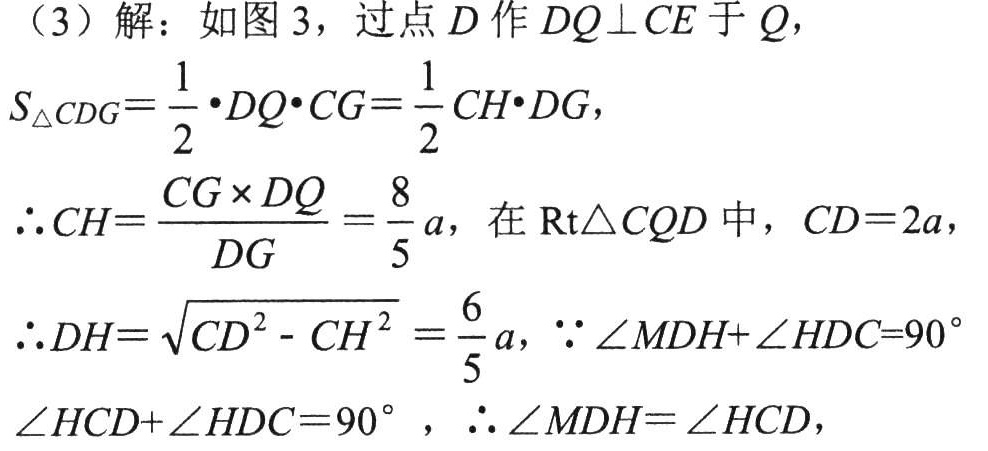
（3）解：如图 3，过点 \(D\) 作 \(DQ\perp CE\) 于 \(Q\)，
\[
S_{\triangle CDG}=\frac{1}{2}\cdot DQ\cdot CG = \frac{1}{2}CH\cdot DG,
\]
\(\therefore CH = \frac{CG\times DQ}{DG}=\frac{8}{5}a\)，在 \(\text{Rt}\triangle CQD\) 中，\(CD = 2a\)，
\(\therefore DH=\sqrt{CD^{2}-CH^{2}}=\frac{6}{5}a\)，\(\because\angle MDH+\angle HDC = 90^{\circ}\)
\(\angle HCD+\angle HDC = 90^{\circ}\)，\(\therefore\angle MDH=\angle HCD\)，